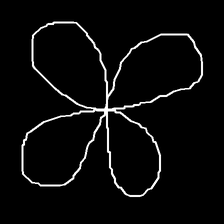
Glyph: billowing